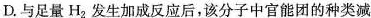
D.与足量H_{2}发生加成反应后，该分子中官能团的种类减